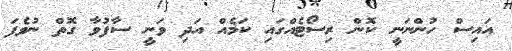
އައިސް ހުންނަނީ ކޮން ރިސޯޓެއްގައި ކަމެއް އަދި ވަނީ ސާފުވާ ގޮތް ނުވެފަ